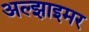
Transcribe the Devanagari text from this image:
अल्‍झाइमर